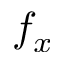
f _ { x }